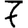
Digit: 7